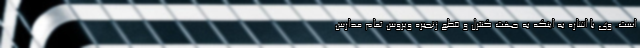
است. وی با اشاره به اینکه به جهت کنترل و قطع زنجیره ویروس تمام مدارس